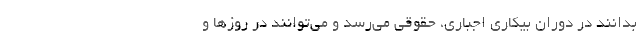
بدانند در دوران بیکاری اجباری، حقوقی می‌رسد و می‌توانند در روزها و